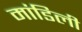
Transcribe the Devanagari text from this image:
मांडिली